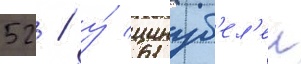
52 / у́ цинуб'ел'еи